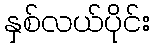
နှစ်လယ်ပိုင်း